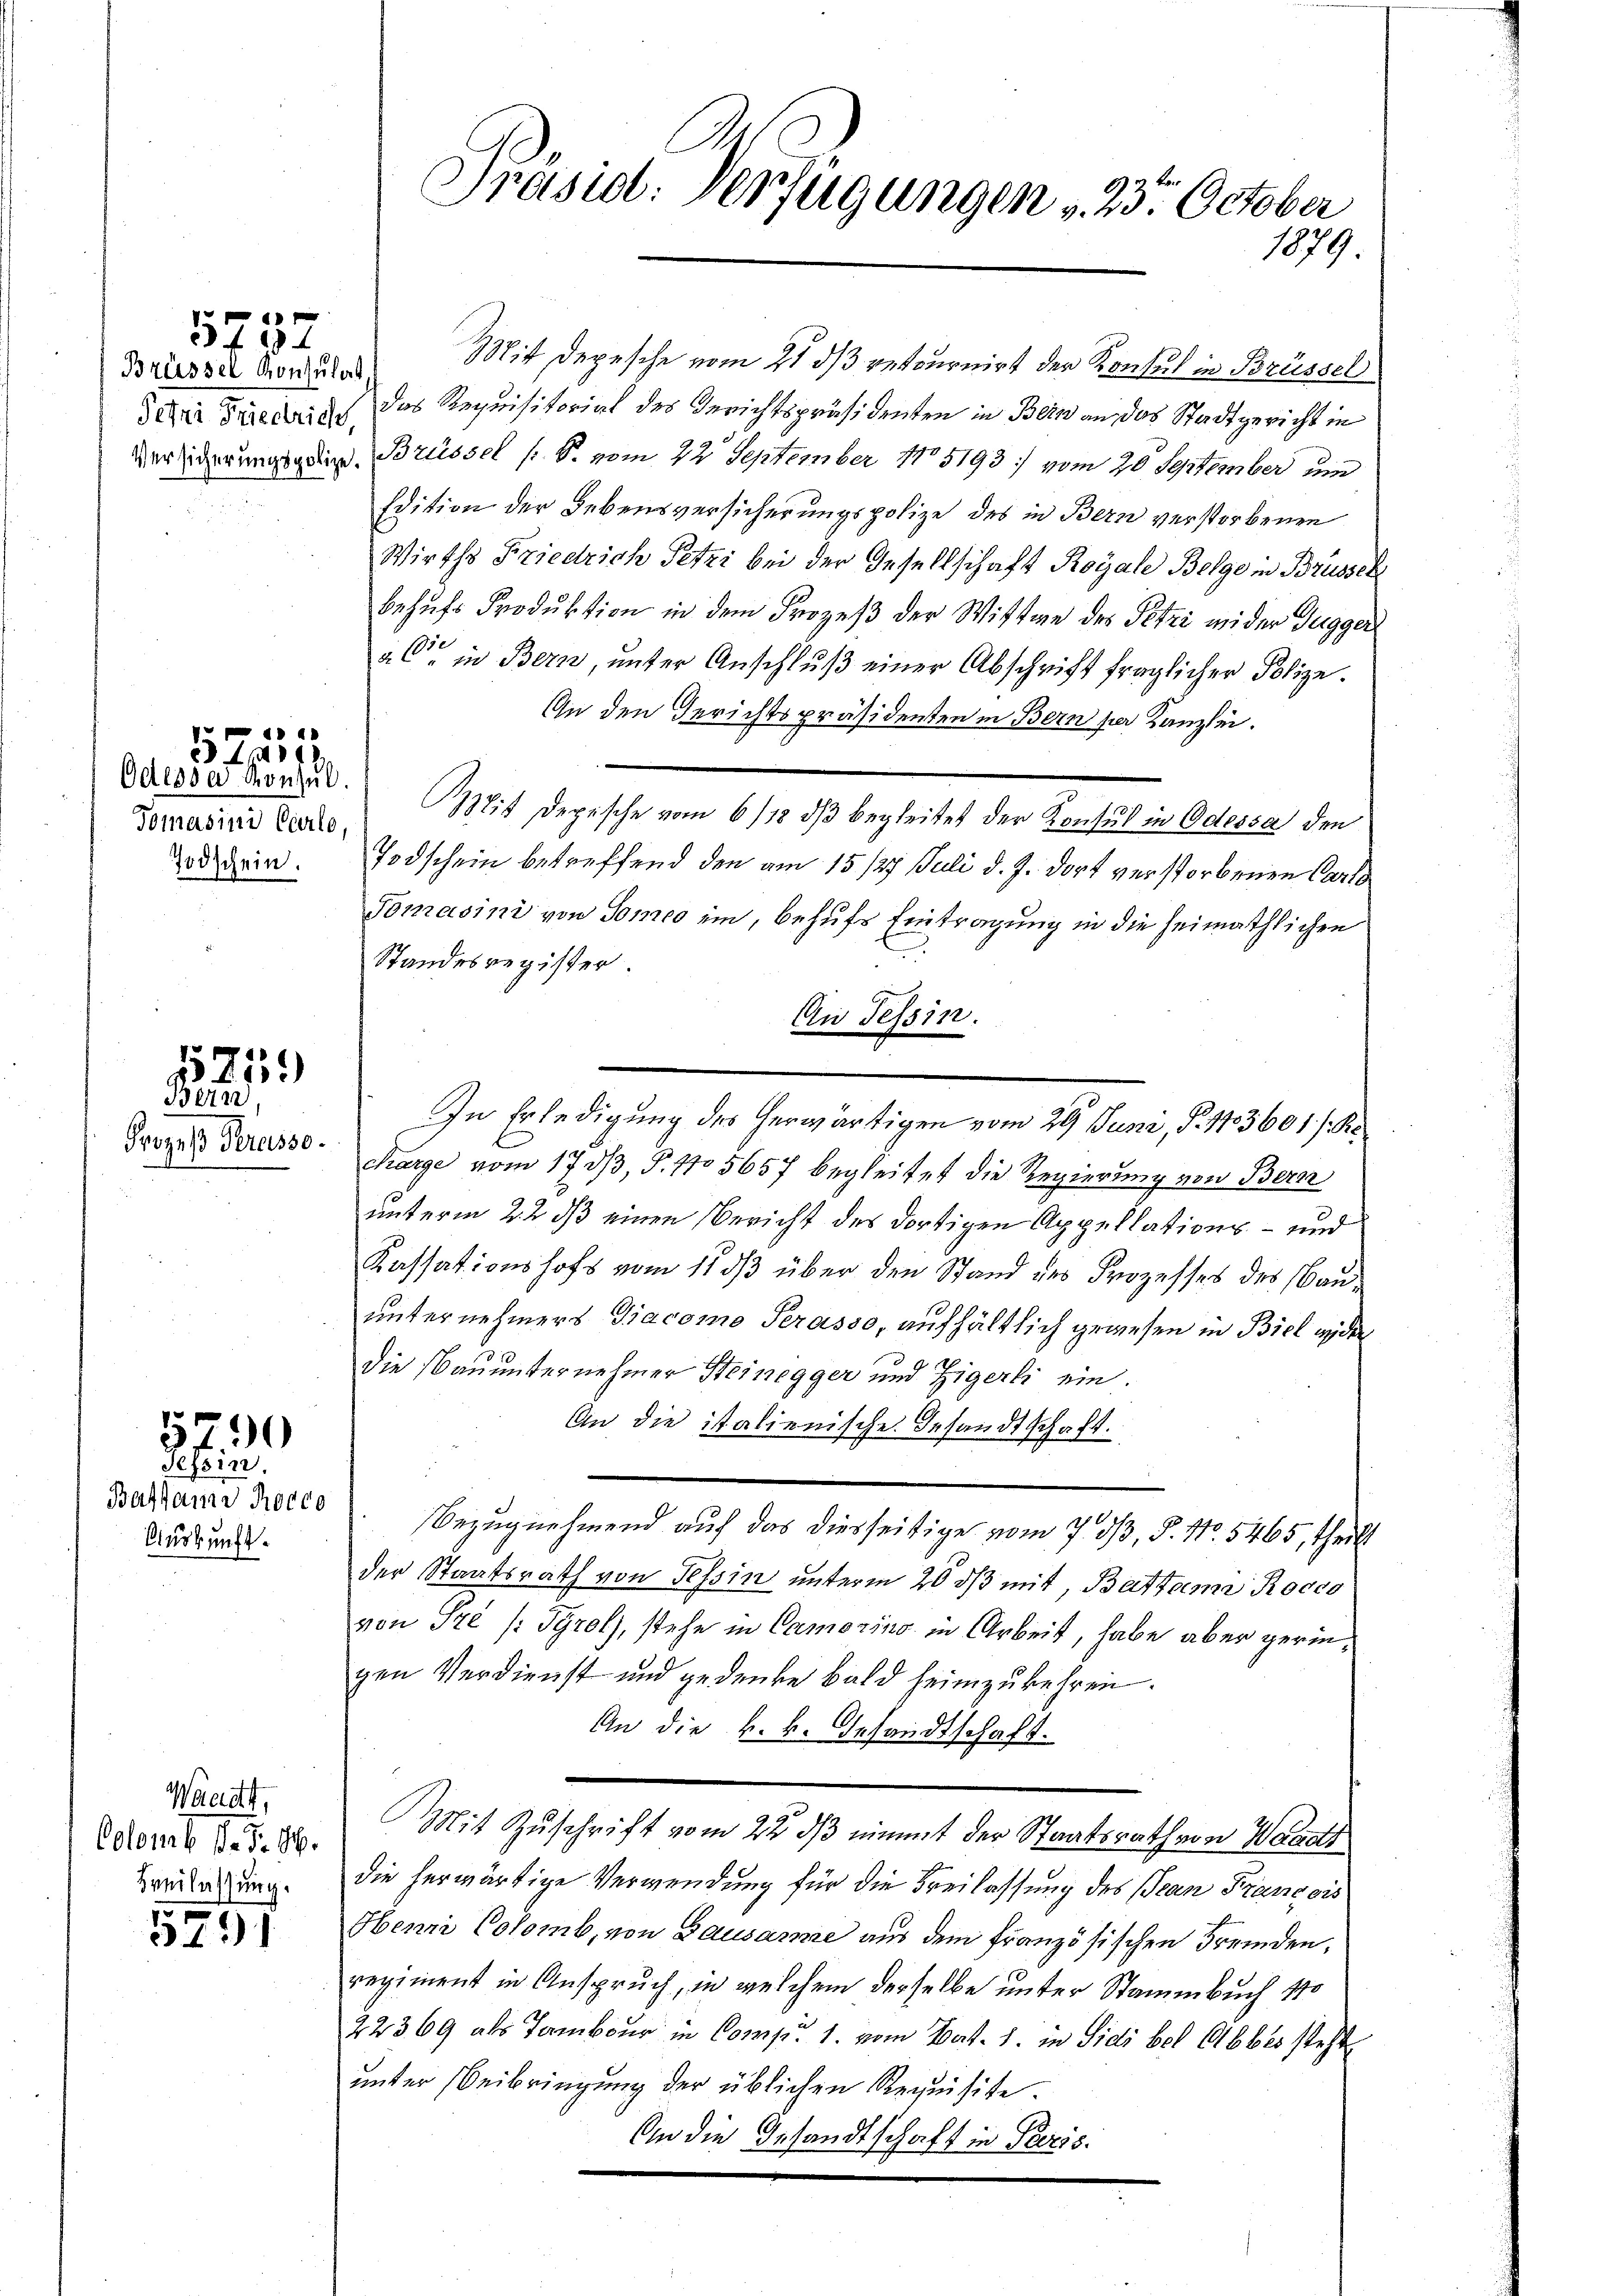
Brüssel Konsulat,

349 f

4
21

Odessa Konsul
Tomasini Carlo,
Todschein.

575.
Bein

Prozeß Peruisso.

5790
Tessin.

Battains Rocco
Auskunft.

Waadt,
Colomb P. F. 16.
Beilassung.

5791

Präsid. Verfügungen , 23. October
1879.

Mit Depesche vom 21. ds retournirt der Konsul in Brüssel
doni Friedrich das Requisitorial des Gerichtspräsidenten in Bern an das Stadtgericht in
derlicherungsgerin Brüssel (: S. vom 22. September 1805193 vom 20 September um
Edition der Lebensversicherungspolize des in Bern verstorbenen
Wirths Friedrich Petri bei der Gesellschaft Royale Belge in Brüssch
Behufs Produktion in dem Prozeß der Wittwe des Petri wider Gugger
aC in Bern, ŭnter Anschlŭβ einer Abschrift fraglicher Polize.
An den Gerichtspräsidenten in Bern par Kanzlei.
Mit Depesche vom 6/12. dβ begleitet der Konsul in Odessa den
Todschein betreffend den am 15./27. Juli d. J. dort verstorbenen Carls
Ponrasini von Tomo ein, behufs Eintragung in die heimathlichen
Standesregister.
An Tessin.
In Erledigung des herwärtigen vom 29. Juni, P. 1733601 /: K
Karge vom 17. dβ, P. 115657 begleitet die Regierung von Bern
unterm 22. ds einen Bericht des dortigen Appellations- und
Kassationshofs vom 11 dß über den Stand des Prozesses des Bauunternehmers Giacomo Perasso, aufhältlich gewesen in Biel wider
die Bauunternehmer Steinegger und Zigerli ein.
An die italienische Gesandtschaft.
Bezugnehmend auf das diesseitige vom 7. d. 5. No. 5465, theilt
der Staatsrath von Tessin unterm 20 ds mit, Battana Rocco
von Pre /: Tyrol, stehe in Camorins in Arbeit, habe aber geringen Verdienst und gedenke bald heimzukehren.
An die k. k. Gesandtschaft.
Mit Zuschrift vom 22. ds nimmt der Staatsrath von Waadt
die herwärtige Verwendung für die Freilassung des Jean Francois
Obenri Colomb, von Bausanne aus dem französischen Fremden,
regiment in Anspruch, in welchem derselbe unter Stammbuch 170
22369 als Tambour in Comp. 1. vom Bat. 1. in Sidi bel Abbes steht
unter Beibringung der üblichen Requisite.
An die Gesandtschaft in Paris.